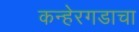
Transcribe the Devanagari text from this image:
कन्हेरगडाचा